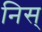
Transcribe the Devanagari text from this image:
निस्